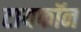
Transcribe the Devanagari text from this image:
टायफॉन